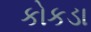
કોકડા